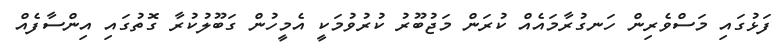
ފަޅުގައި މަސްވެރިން ހަނގުރާމައެއް ކުރަން މަޖުބޫރު ކުރުވުމަކީ އެމީހުން ގަބޫލުކުރާ ގޮތުގައި އިންސާފެއް